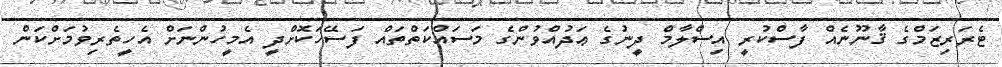
ޓެރަރިޒަމްގެ ޤާނޫނެއް ފާސްކުރީ އިސްލާމް ދީނުގެ ޢަދުއްވުންގެ މަސައްކަތްތައް ފަސޭހަކޮށްދީ އެމީހުންނަށް އެހީތެރިވުމަށްކަން